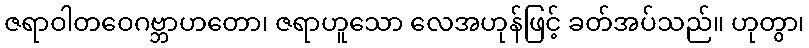
ဇရာဝါတဝေဂဗ္ဘာဟတော၊ ဇရာဟူသော လေအဟုန်ဖြင့် ခတ်အပ်သည်။ ဟုတွာ၊